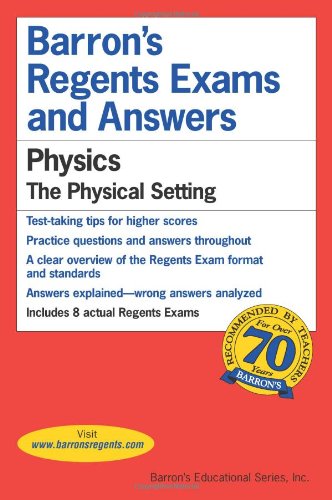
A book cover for Barron's Regents Exams and Answers: Physics -- The Physical Setting; Tarendash; Test Preparation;